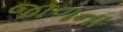
જાળના